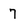
Character: 7